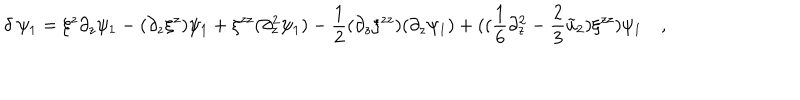
LaTeX: \delta ~ \psi _ { 1 } = \xi ^ { z } \partial _ { z } \psi _ { 1 } - ( \partial _ { z } \xi ^ { z } ) \psi _ { 1 } + \xi ^ { z z } ( \partial _ { z } ^ { 2 } \psi _ { 1 } ) - { \frac { 1 } { 2 } } ( \partial _ { z } \xi ^ { z z } ) ( \partial _ { z } \psi _ { 1 } ) + ( ( { \frac { 1 } { 6 } } \partial _ { z } ^ { 2 } - { \frac { 2 } { 3 } } \tilde { u } _ { 2 } ) \xi ^ { z z } ) \psi _ { 1 } \quad ,